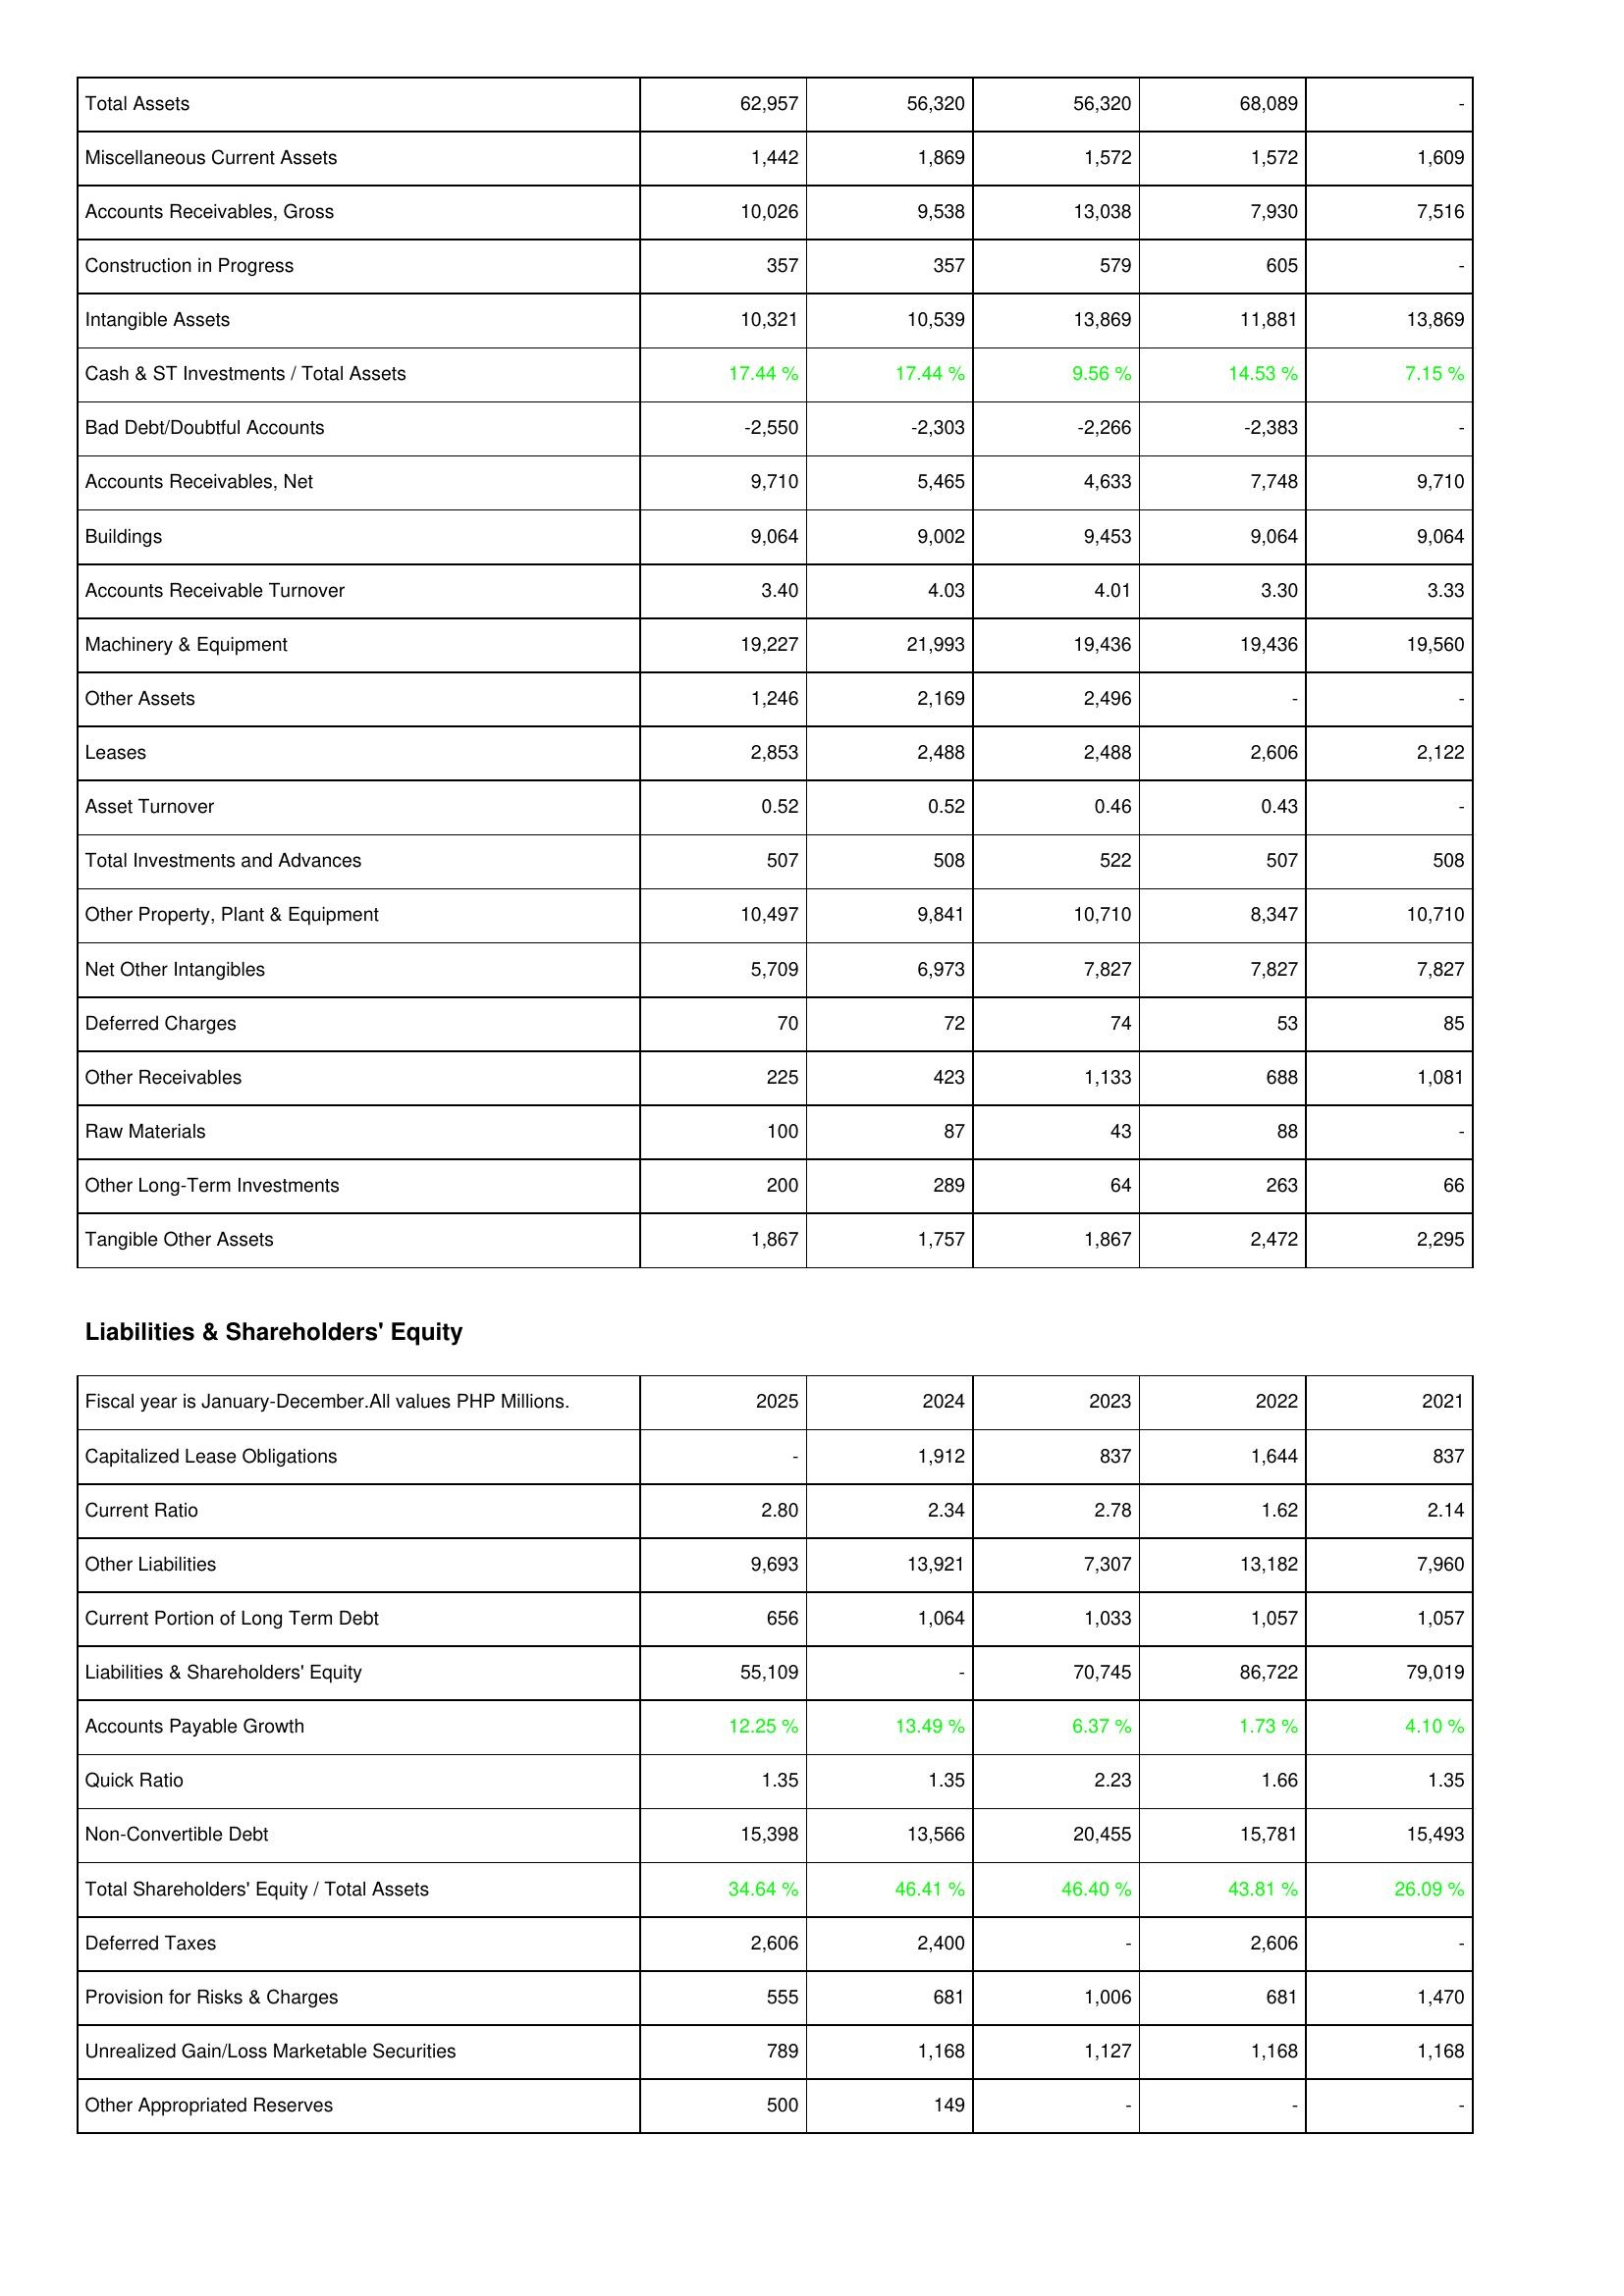
2025: Assets: Total Assets: 62,957
Miscellaneous Current Assets: 1,442
Accounts Receivables, Gross: 10,026
Construction in Progress: 357
Intangible Assets: 10,321
Cash & ST Investments / Total Assets: 17.44 %
Bad Debt/Doubtful Accounts: -2,550
Accounts Receivables, Net: 9,710
Buildings: 9,064
Accounts Receivable Turnover: 3.40
Machinery & Equipment: 19,227
Other Assets: 1,246
Leases: 2,853
Asset Turnover: 0.52
Total Investments and Advances: 507
Other Property, Plant & Equipment: 10,497
Net Other Intangibles: 5,709
Deferred Charges: 70
Other Receivables: 225
Raw Materials: 100
Other Long-Term Investments: 200
Tangible Other Assets: 1,867
Liabilities & Shareholders' Equity: Capitalized Lease Obligations: -
Current Ratio: 2.80
Other Liabilities: 9,693
Current Portion of Long Term Debt: 656
Liabilities & Shareholders' Equity: 55,109
Accounts Payable Growth: 12.25 %
Quick Ratio: 1.35
Non-Convertible Debt: 15,398
Total Shareholders' Equity / Total Assets: 34.64 %
Deferred Taxes: 2,606
Provision for Risks & Charges: 555
Unrealized Gain/Loss Marketable Securities: 789
Other Appropriated Reserves: 500
2024: Assets: Total Assets: 56,320
Miscellaneous Current Assets: 1,869
Accounts Receivables, Gross: 9,538
Construction in Progress: 357
Intangible Assets: 10,539
Cash & ST Investments / Total Assets: 17.44 %
Bad Debt/Doubtful Accounts: -2,303
Accounts Receivables, Net: 5,465
Buildings: 9,002
Accounts Receivable Turnover: 4.03
Machinery & Equipment: 21,993
Other Assets: 2,169
Leases: 2,488
Asset Turnover: 0.52
Total Investments and Advances: 508
Other Property, Plant & Equipment: 9,841
Net Other Intangibles: 6,973
Deferred Charges: 72
Other Receivables: 423
Raw Materials: 87
Other Long-Term Investments: 289
Tangible Other Assets: 1,757
Liabilities & Shareholders' Equity: Capitalized Lease Obligations: 1,912
Current Ratio: 2.34
Other Liabilities: 13,921
Current Portion of Long Term Debt: 1,064
Liabilities & Shareholders' Equity: -
Accounts Payable Growth: 13.49 %
Quick Ratio: 1.35
Non-Convertible Debt: 13,566
Total Shareholders' Equity / Total Assets: 46.41 %
Deferred Taxes: 2,400
Provision for Risks & Charges: 681
Unrealized Gain/Loss Marketable Securities: 1,168
Other Appropriated Reserves: 149
2023: Assets: Total Assets: 56,320
Miscellaneous Current Assets: 1,572
Accounts Receivables, Gross: 13,038
Construction in Progress: 579
Intangible Assets: 13,869
Cash & ST Investments / Total Assets: 9.56 %
Bad Debt/Doubtful Accounts: -2,266
Accounts Receivables, Net: 4,633
Buildings: 9,453
Accounts Receivable Turnover: 4.01
Machinery & Equipment: 19,436
Other Assets: 2,496
Leases: 2,488
Asset Turnover: 0.46
Total Investments and Advances: 522
Other Property, Plant & Equipment: 10,710
Net Other Intangibles: 7,827
Deferred Charges: 74
Other Receivables: 1,133
Raw Materials: 43
Other Long-Term Investments: 64
Tangible Other Assets: 1,867
Liabilities & Shareholders' Equity: Capitalized Lease Obligations: 837
Current Ratio: 2.78
Other Liabilities: 7,307
Current Portion of Long Term Debt: 1,033
Liabilities & Shareholders' Equity: 70,745
Accounts Payable Growth: 6.37 %
Quick Ratio: 2.23
Non-Convertible Debt: 20,455
Total Shareholders' Equity / Total Assets: 46.40 %
Deferred Taxes: -
Provision for Risks & Charges: 1,006
Unrealized Gain/Loss Marketable Securities: 1,127
Other Appropriated Reserves: -
2022: Assets: Total Assets: 68,089
Miscellaneous Current Assets: 1,572
Accounts Receivables, Gross: 7,930
Construction in Progress: 605
Intangible Assets: 11,881
Cash & ST Investments / Total Assets: 14.53 %
Bad Debt/Doubtful Accounts: -2,383
Accounts Receivables, Net: 7,748
Buildings: 9,064
Accounts Receivable Turnover: 3.30
Machinery & Equipment: 19,436
Other Assets: -
Leases: 2,606
Asset Turnover: 0.43
Total Investments and Advances: 507
Other Property, Plant & Equipment: 8,347
Net Other Intangibles: 7,827
Deferred Charges: 53
Other Receivables: 688
Raw Materials: 88
Other Long-Term Investments: 263
Tangible Other Assets: 2,472
Liabilities & Shareholders' Equity: Capitalized Lease Obligations: 1,644
Current Ratio: 1.62
Other Liabilities: 13,182
Current Portion of Long Term Debt: 1,057
Liabilities & Shareholders' Equity: 86,722
Accounts Payable Growth: 1.73 %
Quick Ratio: 1.66
Non-Convertible Debt: 15,781
Total Shareholders' Equity / Total Assets: 43.81 %
Deferred Taxes: 2,606
Provision for Risks & Charges: 681
Unrealized Gain/Loss Marketable Securities: 1,168
Other Appropriated Reserves: -
2021: Assets: Total Assets: -
Miscellaneous Current Assets: 1,609
Accounts Receivables, Gross: 7,516
Construction in Progress: -
Intangible Assets: 13,869
Cash & ST Investments / Total Assets: 7.15 %
Bad Debt/Doubtful Accounts: -
Accounts Receivables, Net: 9,710
Buildings: 9,064
Accounts Receivable Turnover: 3.33
Machinery & Equipment: 19,560
Other Assets: -
Leases: 2,122
Asset Turnover: -
Total Investments and Advances: 508
Other Property, Plant & Equipment: 10,710
Net Other Intangibles: 7,827
Deferred Charges: 85
Other Receivables: 1,081
Raw Materials: -
Other Long-Term Investments: 66
Tangible Other Assets: 2,295
Liabilities & Shareholders' Equity: Capitalized Lease Obligations: 837
Current Ratio: 2.14
Other Liabilities: 7,960
Current Portion of Long Term Debt: 1,057
Liabilities & Shareholders' Equity: 79,019
Accounts Payable Growth: 4.10 %
Quick Ratio: 1.35
Non-Convertible Debt: 15,493
Total Shareholders' Equity / Total Assets: 26.09 %
Deferred Taxes: -
Provision for Risks & Charges: 1,470
Unrealized Gain/Loss Marketable Securities: 1,168
Other Appropriated Reserves: -